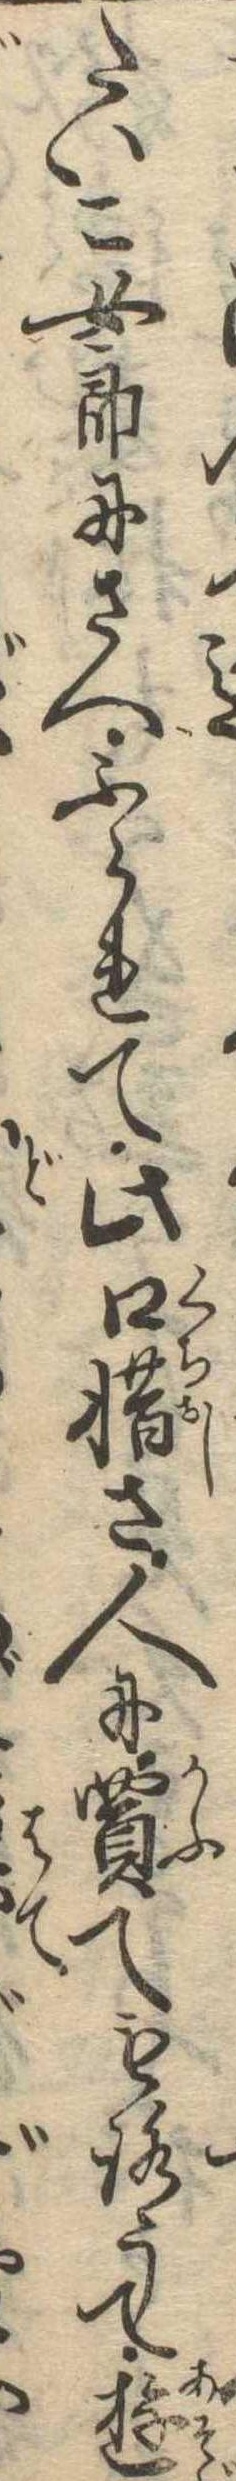
たいこ女郎にさへふられて此口惜さ人に買てもろうて遊じ